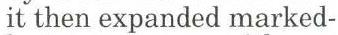
it then expanded marked-